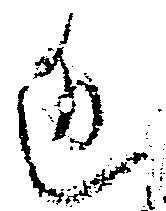
近